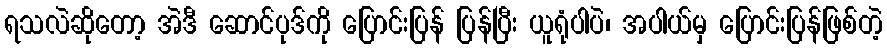
ရသလဲဆိုတော့ အဲဒီ ဆောင်ပုဒ်ကို ပြောင်းပြန် ပြန်ပြီး ယူရုံပါပဲ၊ အပါယ်မှ ပြောင်းပြန်ဖြစ်တဲ့